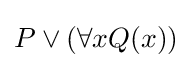
P\lor (\forall xQ(x))